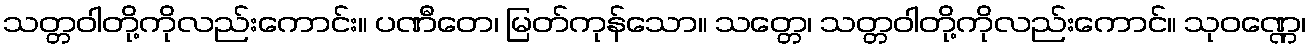
သတ္တဝါတို့ကိုလည်းကောင်း။ ပဏီတေ၊ မြတ်ကုန်သော။ သတ္တေ၊ သတ္တဝါတို့ကိုလည်းကောင်။ သုဝဏ္ဏေ၊